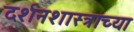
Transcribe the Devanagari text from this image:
दर्शनशास्त्राच्या